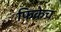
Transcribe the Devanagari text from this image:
फिकेच